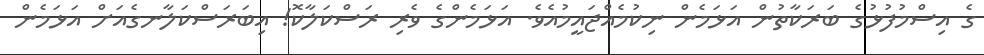
ގެ އިސްމުފުޅުގެ ބަރަކާތުން އަޅަމެން ނިކުމެއްޖައީމުއެވެ. އަޅަމެންގެ ވެރި ރަސްކަލާކޮ! އިބަރަސްކަލާނގެއަށް އަޅަމެން